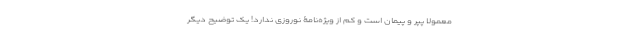
معمولا پپُر و پیمان است و کم از ویژه‌نامۀ نوروزی ندارد! یک توضیح دیگر